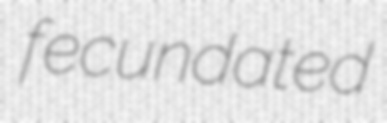
fecundated